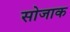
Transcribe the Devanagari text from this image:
सोजाक